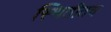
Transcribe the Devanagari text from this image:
स्थितीतच